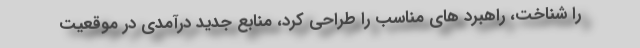
را شناخت، راهبرد های مناسب را طراحی کرد، منابع جدید درآمدی در موقعیت